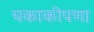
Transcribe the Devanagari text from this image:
चकाकीपणा